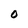
Character: O